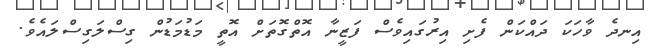
އިނދެ ވާހަކަ ދައްކަން ފެށި އިރުގައިވެސް ފަޒީނާ އޮތްގޮތަށް އޮތީ މަޑުމަޑުން ގިސްލަގިސްލައެވެ.